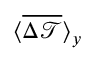
\langle \overline { { \Delta \mathcal { T } } } \rangle _ { y }